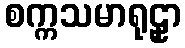
စက္ကသမာရုဠှာ